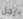
رجل